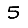
Digit: 5